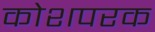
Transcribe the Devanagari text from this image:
कोशपरक